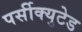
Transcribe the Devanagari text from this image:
पर्सीक्युटेड